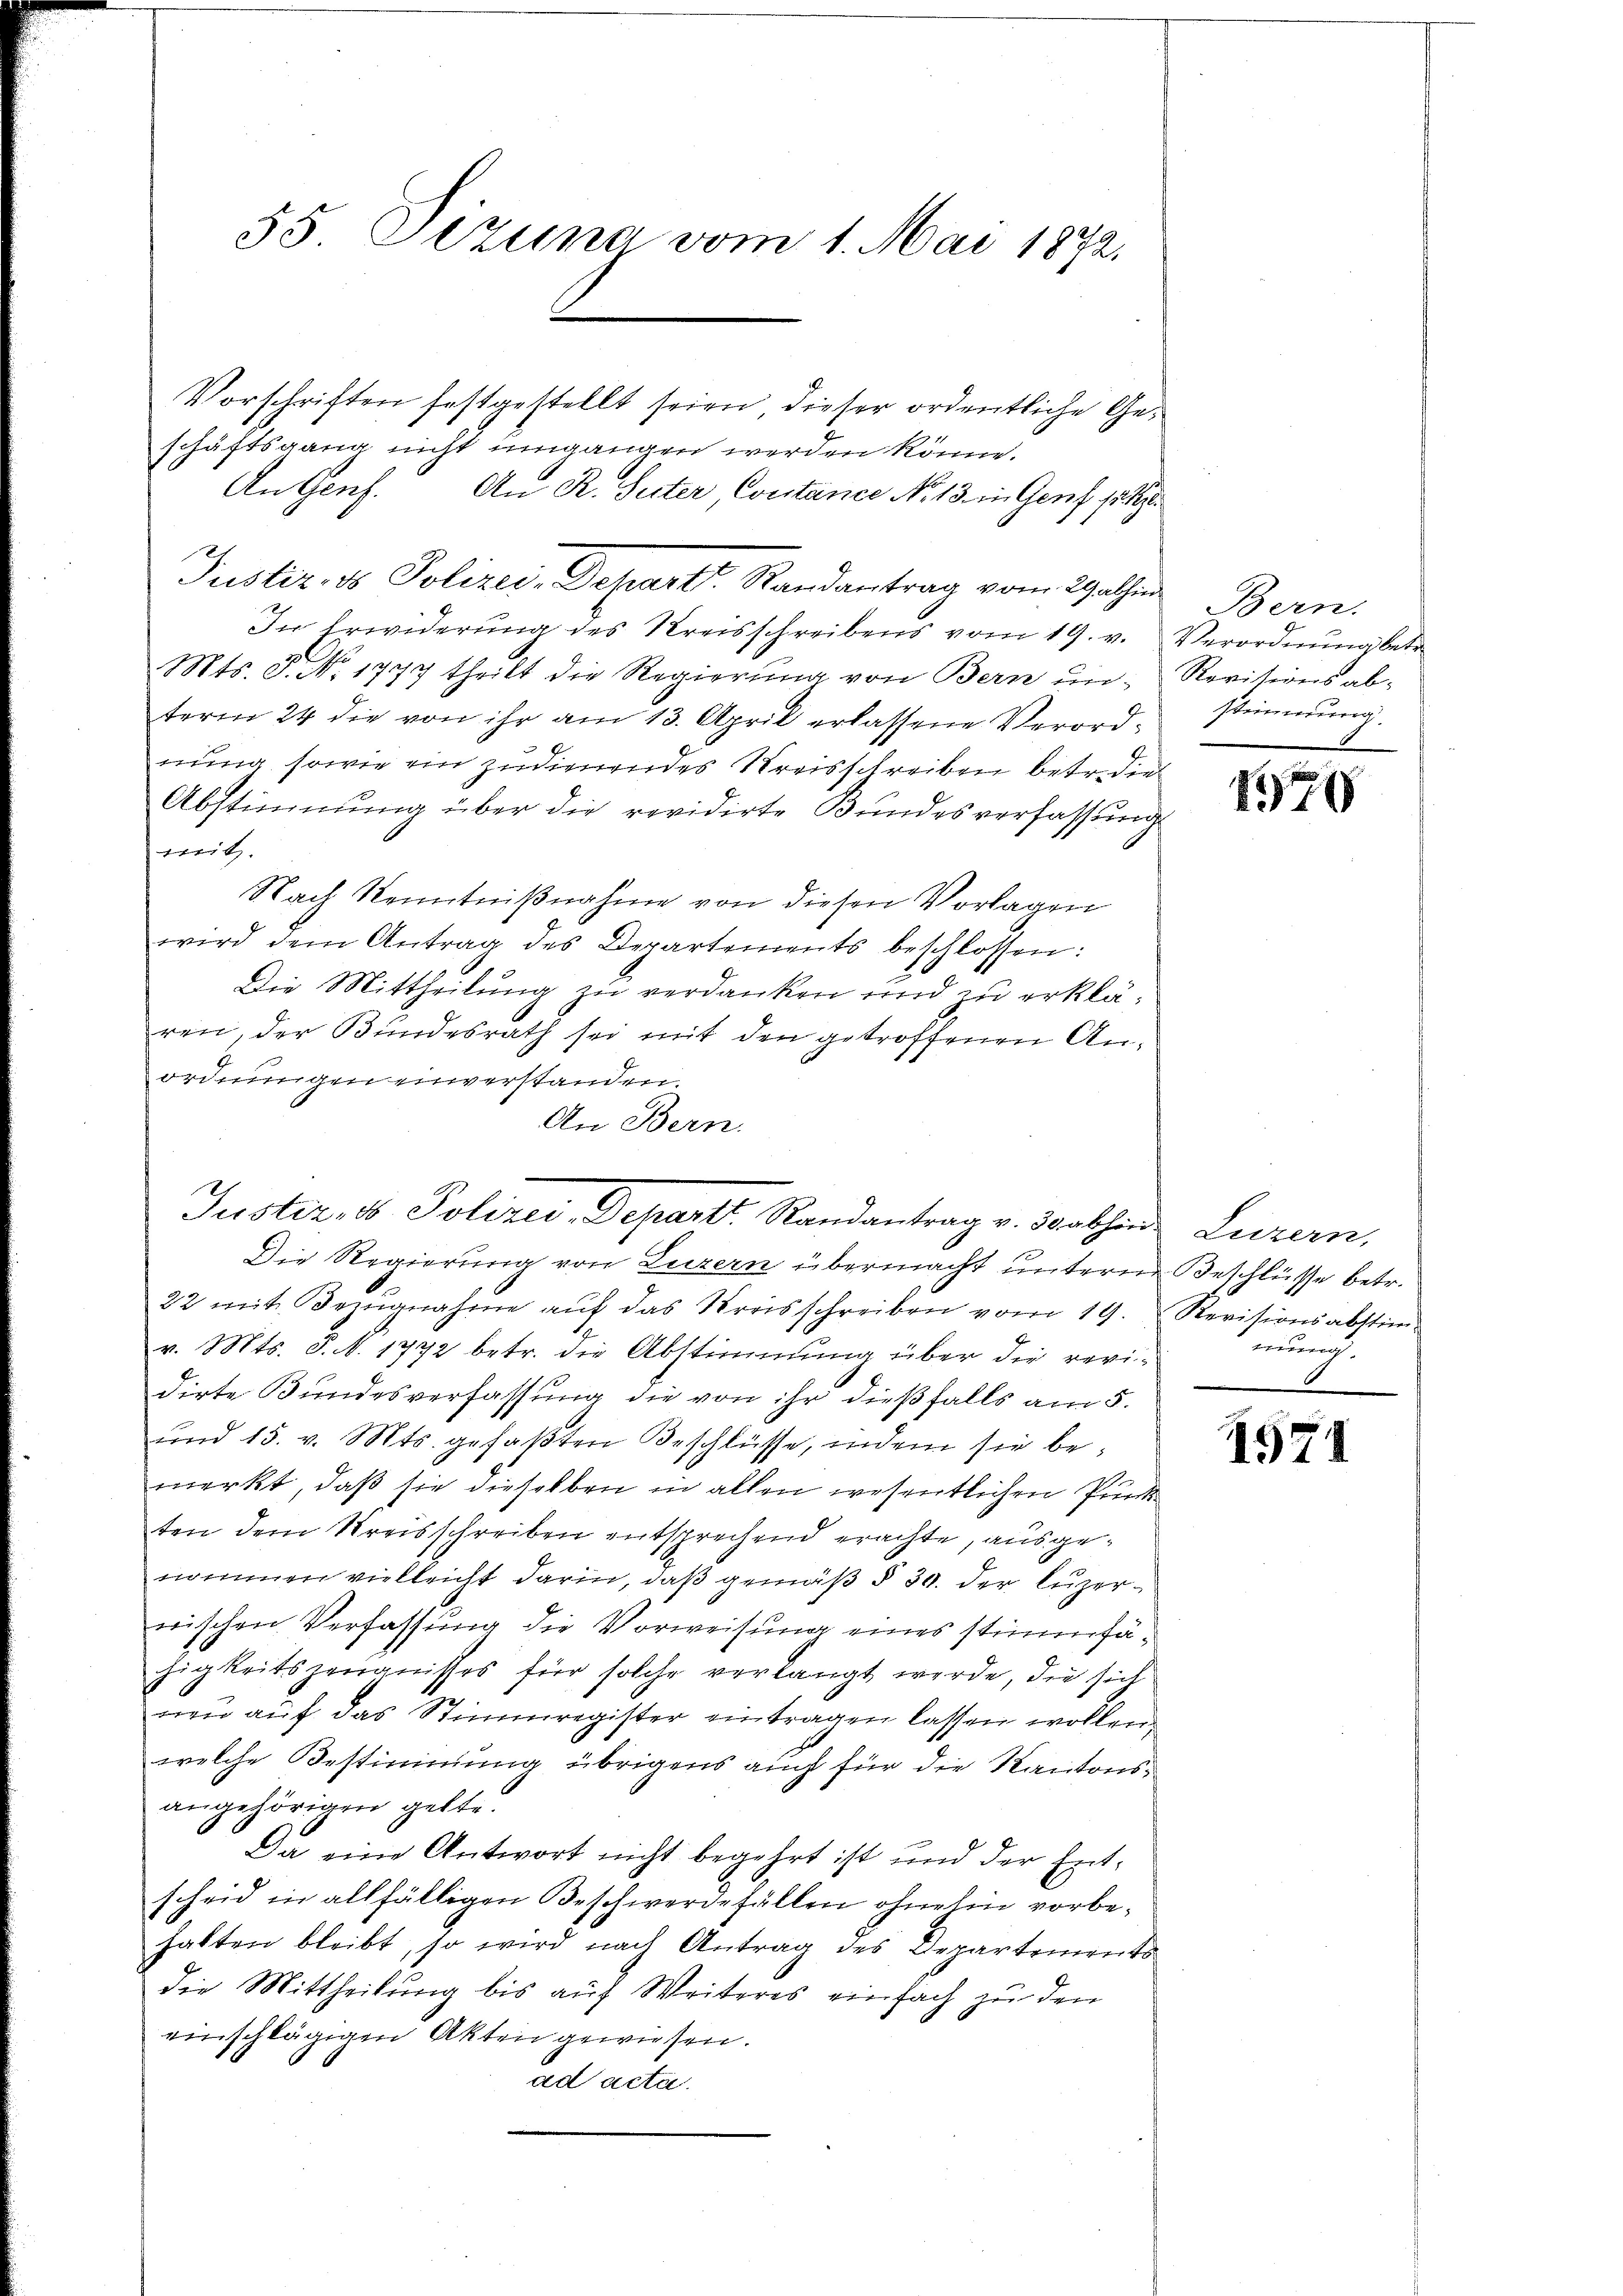
55 Sezung vom 1. Mai 1872.

Vorschriften festgestellt seien, dieser ordentliche Geschäftsgang nicht umgangen werden könne.
An Genf. An R. Suter Contance No 13. in Genf hatte
In Erwiderung des Kreisschreibens vom 19. v. Verordnung betr.
Mts. S. No. 1777 theilt die Regierŭng von Bern in Revitionsab-
term 24 die von ihr am 13. April erlassene Verordung, sowie ein zudienendes Kreisschreiben betreten
Abstimmung über die revidirte Bundesverfassung
weit
Nach Kenntnißnahme von diesen Vorlagen
wird dem Antrag des Departements beschlossen:
Die Mittheilung zu verdanken und zu erklären, der Bundesrath sei mit den getroffenen Anordnungen einverstanden.
An Bern.
Die Regierung von Luzern übermacht unterm Beschlüsse betr.
22 mit Bezŭgnahme aŭf das Kreisschreiben vom 19. Revisionsabstim-
v. Mts. S. N. 1772 betr. die Abstimmung über die revi-
dirte Bundesverfassung die von ihr dießfalls am 5.
und 15. v. Mts. gefaßten Beschlüsse, indem sie bemerkt, daß sie dieselben in allen wesentlichen Punk
ten dem Kreisschreiben entsprechend erachte, ausgenommen vielleicht darin, daß gemäß § 30. der Luzerwischen Verfassung die Vorweisung eines stimmfähigkeitszeugnisses für solche verlangt werde, die sich
neu auf das Stimmregister eintragen lassen wollen.
welche Bestimmung übrigens auch für die Kantonsangehörigen gelte.
Da eine Antwort nicht begehrt ist und der Entscheid in allfälligen Beschwerde fällen ohnehin vorbehalten bleibt, so wird nach Antrag des Departements
die Mittheilung bis auf Weiteres einfach zu den
einschlägigen Akten gewiesen.
ad acta.

Justiz- & Polizei-Depart. Randantrag vom 29 athen Bern.

Justiz, u. Polizey-Departt. Randantrag v. abhin Luzern,

stimmung

1718

nung.

1571